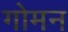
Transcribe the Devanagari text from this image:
गोमन